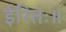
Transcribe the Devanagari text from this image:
ईरितः॥